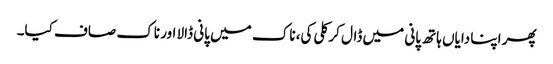
پھر اپنا دایاں ہاتھ پانی میں ڈال کر کلی کی، ناک میں پانی ڈالا اور ناک صاف کیا۔